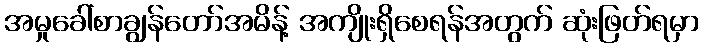
အမှုခေါ်စာချွန်တော်အမိန့် အကျိုးရှိစေရန်အတွက် ဆုံးဖြတ်ရမှာ